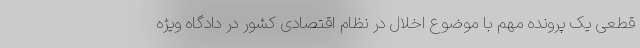
قطعی یک پرونده مهم با موضوع اخلال در نظام اقتصادی کشور در دادگاه ویژه